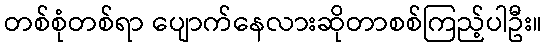
တစ်စုံတစ်ရာ ပျောက်နေလားဆိုတာစစ်ကြည့်ပါဦး။